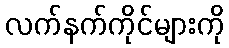
လက်နက်ကိုင်များကို